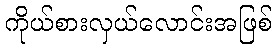
ကိုယ်စားလှယ်လောင်းအဖြစ်